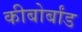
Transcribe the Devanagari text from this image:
कीबोर्बांड